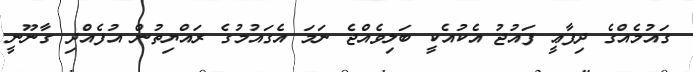
ގައުމެއްގެ ދިފާޢީ ފައުޖު އެކުއެކީ ބަލިވެއްޖެ ނަމަ އެގައުމުގެ ރައްޔިތުން އުފެއްދި ގާނޫނީ